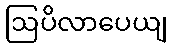
ဩပိလာပေယျ